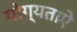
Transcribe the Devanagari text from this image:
योग्यताऐं